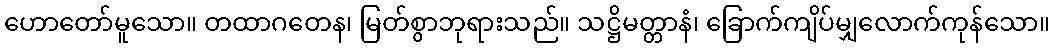
ဟောတော်မူသော။ တထာဂတေန၊ မြတ်စွာဘုရားသည်။ သဋ္ဌိမတ္တာနံ၊ ခြောက်ကျိပ်မျှလောက်ကုန်သော။